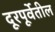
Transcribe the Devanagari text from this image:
दूरपूर्वेतील